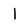
Character: 1